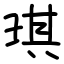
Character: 琪